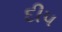
દીપ